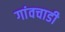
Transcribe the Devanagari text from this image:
गांवचाडी